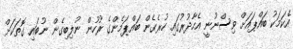
އެކަމަކު ބައްޕައަށް ވިސްނުނީ އެހާދުރުގައި ހުރެގެން ބައްޕަމެންގެ ރުހުން ނުލިބިގެން ނުބައި ގޮތަކަށް